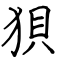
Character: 狽